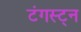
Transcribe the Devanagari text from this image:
टंगस्ट्न